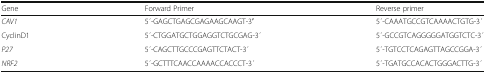
| Gene | Forward Primer | Reverse primer |
 | --- | --- | --- |
 | CAV1 | 5 ́-GAGCTGAGCGAGAAGCAAGT-3′ | 5 ́-CAAATGCCGTCAAAACTGTG-3 ́ |
 | CyclinD1 | 5 ́-CTGGATGCTGGAGGTCTGCGAG-3 ́ | 5 ́-GCCGTCAGGGGGATGGTCTC-3 ́ |
 | P27 | 5 ́-CAGCTTGCCCGAGTTCTACT-3 ́ | 5 ́-TGTCCTCAGAGTTAGCCGGA-3 ́ |
 | NRF2 | 5 ́-GCTTTCAACCAAAACCACCCT-3 ́ | 5 ́-TGATGCCACACTGGGACTTG-3 ́ |